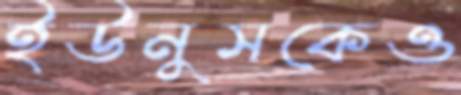
ইউনুসকেও